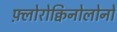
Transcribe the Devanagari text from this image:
फ़्लोरोक्विनोलोनों